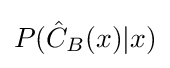
P({\hat {C}}_{B}(x)|x)